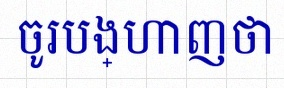
ចូរបង្ហាញថា